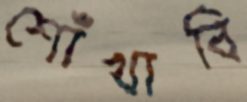
শোঁখাবি